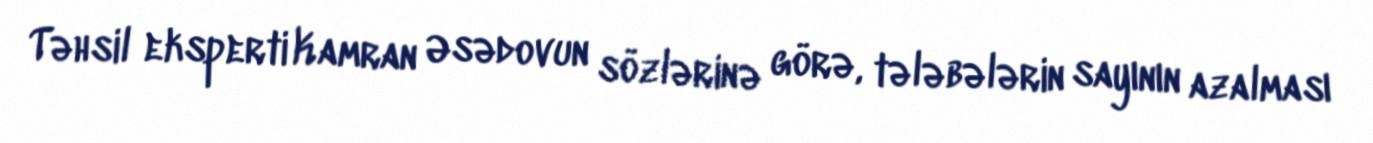
Təhsil eksperti Kamran Əsədovun sözlərinə görə, tələbələrin sayının azalması